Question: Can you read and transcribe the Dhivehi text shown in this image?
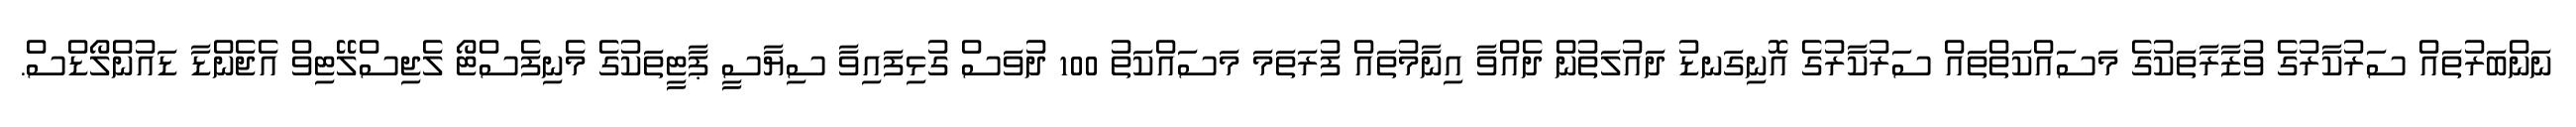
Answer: ނަންބަރުތައް ސަރުކާރުގެ ވުޒާރާތަކުގެ މަސައްކަތްތައް ސަރުކާރުގެ އޮނިގަނޑު ދައުލަތުން ދެއްވާ އިނާމުތައް ފުރަތަމަ މަސައްކަތު 100 ދުވަސް ގުޅިފައިވާ ސިޔާސީ ޕާޓީތަކުގެ މެނިފެސްޓޯ ލެޖިސްލޭޓިވް އެޖެންޑާ ޑައުންލޯޑްސް.